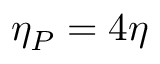
\eta _ { P } = 4 \eta